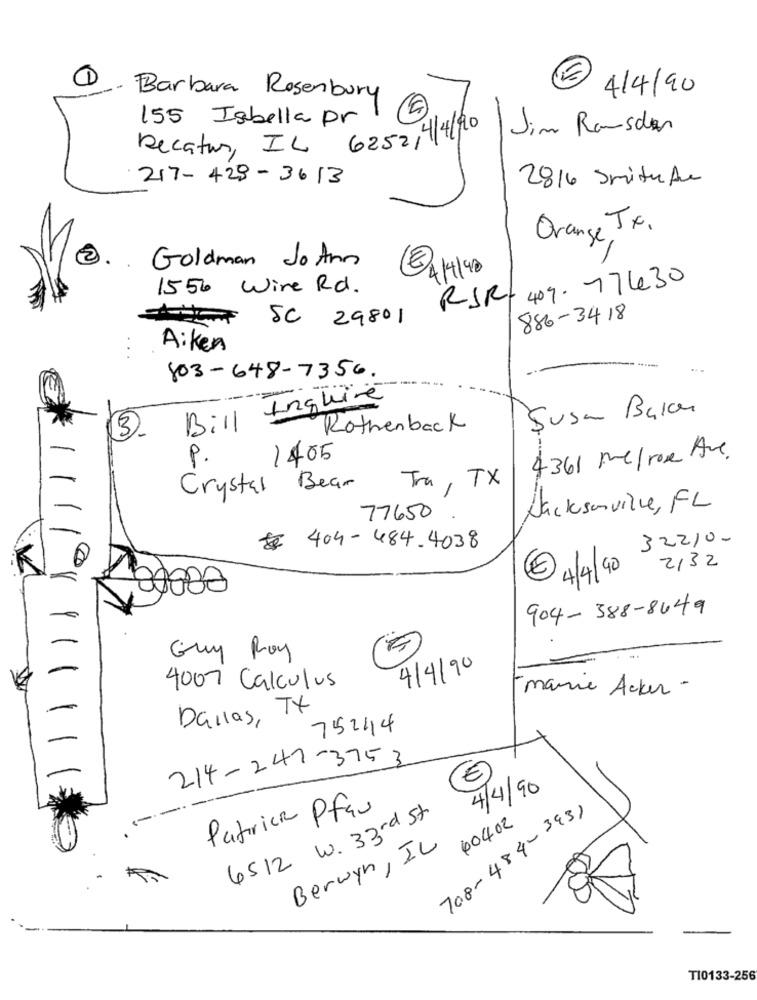
4/4/90
Barbara Rosenbury
155 Isabella Dr
Jim Ramsden
Decatur, IL 6252/4/4/20
217-428-3613
2816 Smitede
Orange, Tx.
Goldman Jo Ann
2.
1550 Wine Rd.
RSR- 409.77430
SC 29801
886-3418
Aiken
803-648-7356.
Bill Inquire
Susa Balcon
Rothenback
3.
P.
1405
4361 Melrose Ave.
Tra, TX
Bear
Crystal
Jacksonville, FL
77650
8 404-484-4038
32210-
@ 4/4/90 -
2,32
00000
904-388-8649
Guy Roy
4/4/90
4007 Calculus
marie Acker -
Dallas, TX
75244
214-247-3753
4/4/90
Patrick Pfau
708-484-3931
6512 W. 33rd st
40402
Berwyn, IL
T10133-256